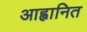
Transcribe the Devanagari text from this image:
आह्वानित